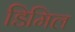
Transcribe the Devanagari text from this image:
डिमिल